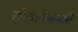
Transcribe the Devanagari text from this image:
लोबाचेवस्की